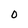
Character: 0